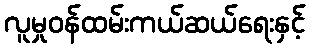
လူမှုဝန်ထမ်းကယ်ဆယ်ရေးနှင့်